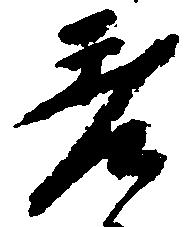
差